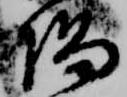
陽